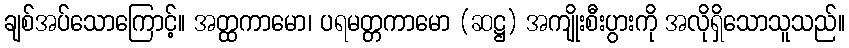
ချစ်အပ်သောကြောင့်။ အတ္ထကာမော၊ ပရမတ္တကာမော (ဆဋ္ဌ) အကျိုးစီးပွားကို အလိုရှိသောသူသည်။